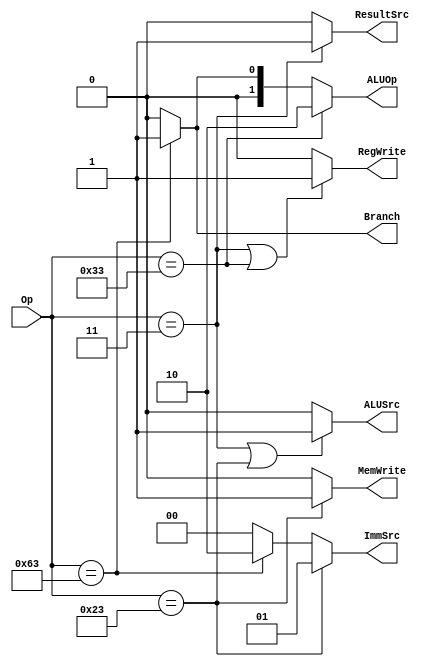
module Main_Decoder(Op,RegWrite,ImmSrc,ALUSrc,MemWrite,ResultSrc,Branch,ALUOp);

    input [6:0] Op;
    output [1:0] ImmSrc,ALUOp;
    output RegWrite,ALUSrc,MemWrite,ResultSrc,Branch;

    assign RegWrite = (Op == 7'b0000011 | Op == 7'b0110011) ? 1'b1 : 1'b0;

    assign ImmSrc = (Op == 7'b0100011) ? 2'b01 :
                    (Op == 7'b1100011) ? 2'b10 : 2'b00;

    assign ALUSrc = (Op == 7'b0000011 | Op == 7'b0100011) ? 1'b1 : 1'b0;

    assign MemWrite = (Op == 7'b0100011) ? 1'b1 : 1'b0;

    assign ResultSrc = (Op == 7'b0000011) ? 1'b1 : 1'b0;

    assign Branch = (Op == 7'b1100011) ? 1'b1 : 1'b0;

    assign ALUOp = (Op == 7'b0110011) ? 2'b10 :
                   (Op == 7'b1100011) ? 2'b01 : 2'b00;

endmodule